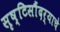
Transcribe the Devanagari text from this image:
सृष्टिसौंदर्याचे